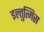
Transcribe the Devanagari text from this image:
इल्तुत्मिस